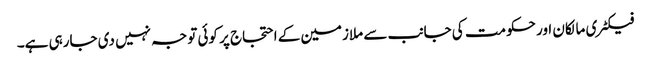
فیکٹری مالکان اور حکومت کی جانب سے ملازمین کے احتجاج پر کوئی توجہ نہیں دی جارہی ہے۔